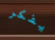
يفكر